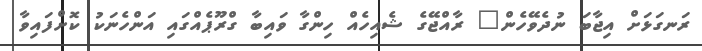
ރަނގަޅަށް އިޖާބަ ނުދެވޭހެން" ރާއްޖޭގެ ޝެއިހެއް ހިންގާ ވައިބާ ގްރޫޕެއްގައި އަންހެނަކު ކޮށްފައިވާ